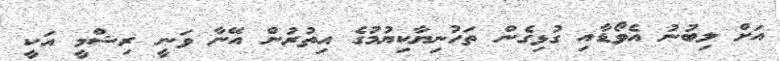
އަށް ލިބުނު އެވޯޑާއި ގުޅިގެން ތަހުނިޔާކިޔުމުގެ އިތުރުން އޭނާ ވަނީ ރިޝްމީ އަކީ